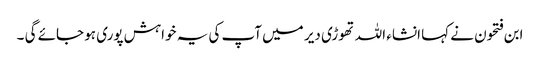
ابن فتحون نے کہا انشاء اللہ تھوڑی دیر میں آپ کی یہ خواہش پوری ہو جائے گی ۔